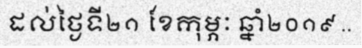
ដល់ថ្ងៃទី២១ ខែកុម្ភៈ ឆ្នាំ២០១៩ ..